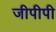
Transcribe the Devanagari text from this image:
जीपीपी